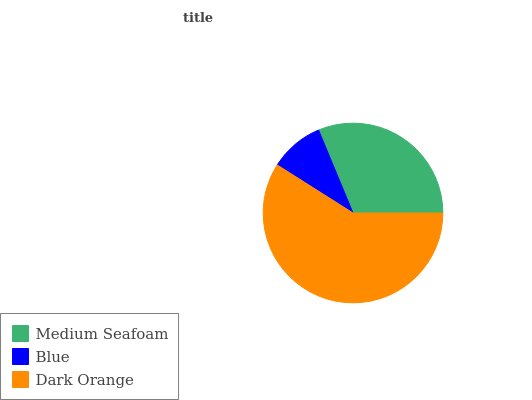
| Medium Seafoam | Blue | Dark Orange |
 | --- | --- | --- |
 | 31.2% | 9.76% | 59% |